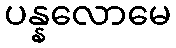
ပန္နလောမေ